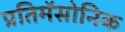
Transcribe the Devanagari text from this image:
प्रतिमॅसोनिक